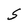
Character: S